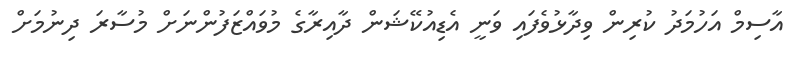
އާސިމް އަހުމަދު ކުރިން ވިދާޅުވެފައި ވަނީ އެޑިއުކޭޝަން ދާއިރާގެ މުވައްޒަފުންނަށް މުސާރަ ދިނުމަށް